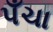
પઁચા